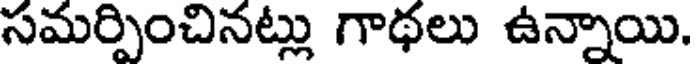
సమర్పించినట్లు గాథలు ఉన్నాయి.